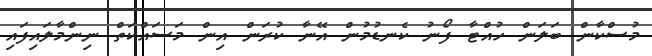
މުސްކާން ބަލަން ހުއްޓާ ފޯނު ކެނޑުމުން އޭނާ ކުރަން އިން މަސައްކަތް ނިންމާލައިފައި